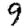
Digit: 9